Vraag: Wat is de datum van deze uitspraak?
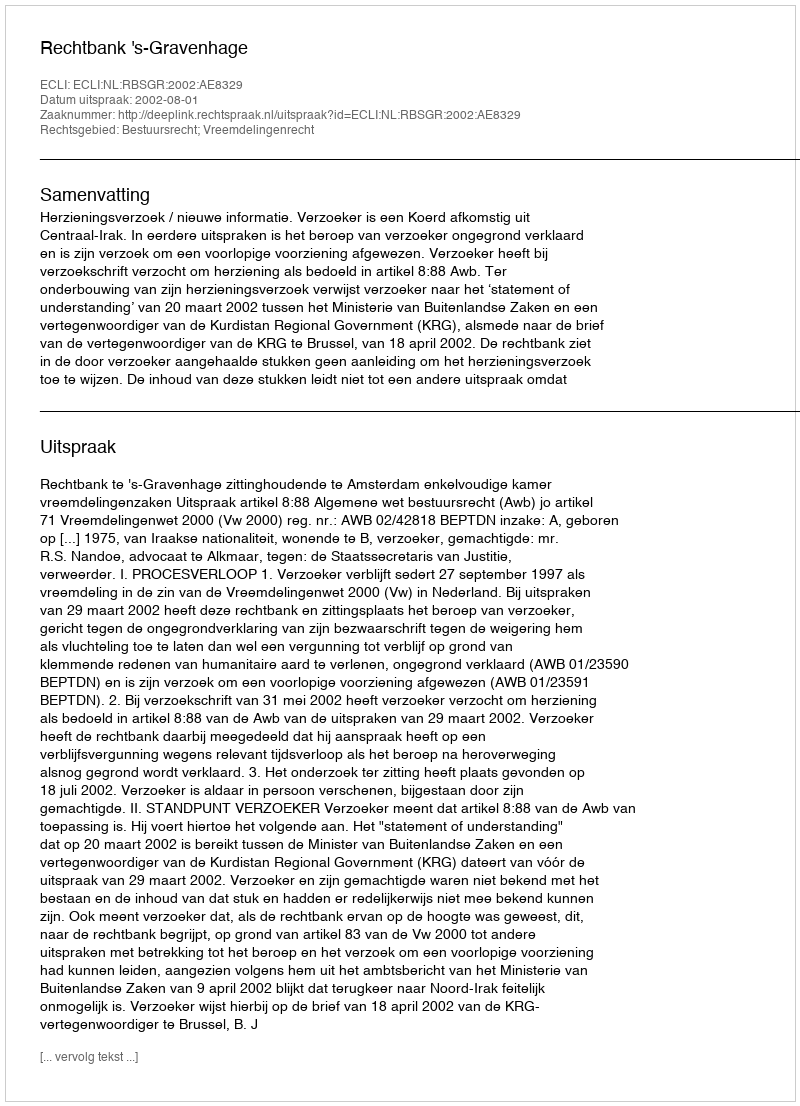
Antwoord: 2002-08-01